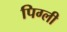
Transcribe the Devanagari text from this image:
पिग्ली